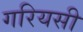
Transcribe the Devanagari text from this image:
गरियसी